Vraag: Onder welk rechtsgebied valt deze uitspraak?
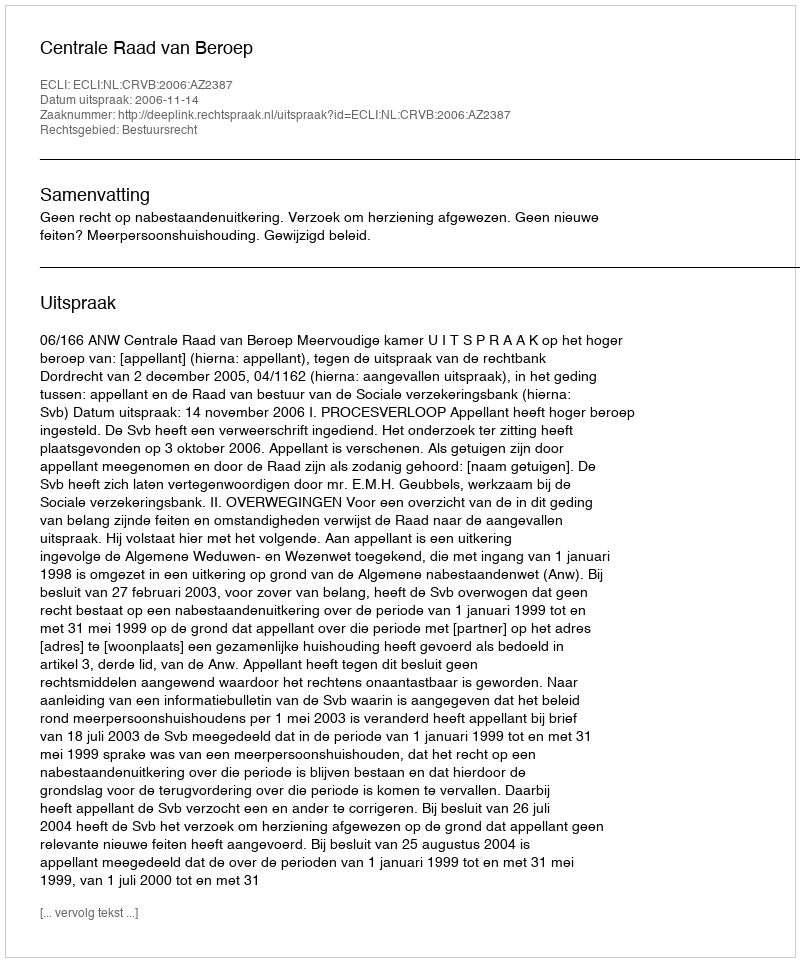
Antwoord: Bestuursrecht